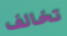
تخالف